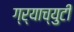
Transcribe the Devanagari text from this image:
ग्र्याच्युटी